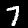
Digit: 7